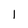
Character: l